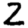
Digit: 2